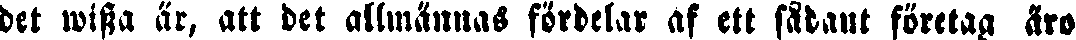
det wissa är, att det allmännas fördelar af ett sådant företag äro